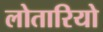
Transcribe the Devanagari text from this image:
लोतारियो